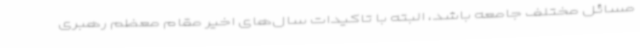
مسائل مختلف جامعه باشد، البته با تاکیدات سال‌های اخیر مقام معظم رهبری